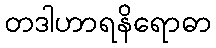
တဒါဟာရနိရောဓာ